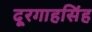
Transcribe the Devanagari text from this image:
दूरगाहसिंह